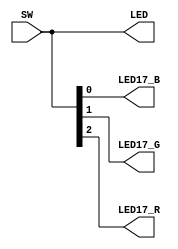
`timescale 1ns / 1ps
//////////////////////////////////////////////////////////////////////////////////
// Module Name: lab5
//////////////////////////////////////////////////////////////////////////////////


module lab5(
    input [3:0] SW,
     output [3:0] LED,
     output LED17_B,
     output LED17_G,
     output LED17_R
    );
    
    assign LED[0] = SW[0];
    assign LED[1] = SW[1];
    assign LED[2] = SW[2];
    assign LED[3] = SW[3];
    
    assign LED17_B = SW[0];
    assign LED17_G = SW[1];
    assign LED17_R = SW[2];
    
endmodule